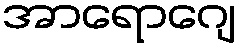
အာရောဂျေ